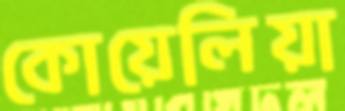
কোয়েলিয়া